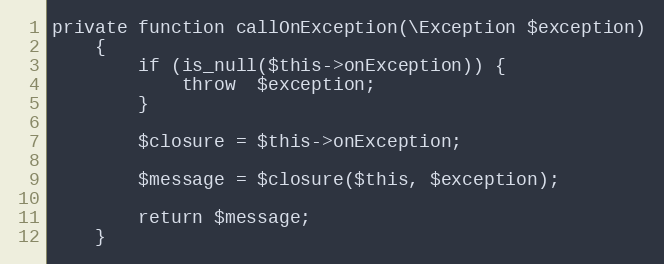
Language: PHP
private function callOnException(\Exception $exception)
    {
        if (is_null($this->onException)) {
            throw  $exception;
        }

        $closure = $this->onException;

        $message = $closure($this, $exception);

        return $message;
    }